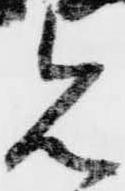
見